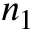
n _ { 1 }